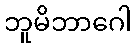
ဘူမိဘာဂေါ